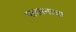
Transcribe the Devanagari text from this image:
पाशानाचा